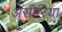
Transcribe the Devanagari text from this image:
ॲसीरिया